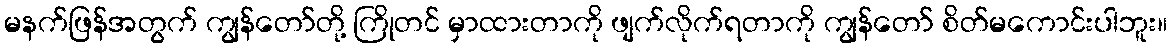
မနက်ဖြန်အတွက် ကျွန်တော်တို့ ကြိုတင် မှာထားတာကို ဖျက်လိုက်ရတာကို ကျွန်တော် စိတ်မကောင်းပါဘူး။